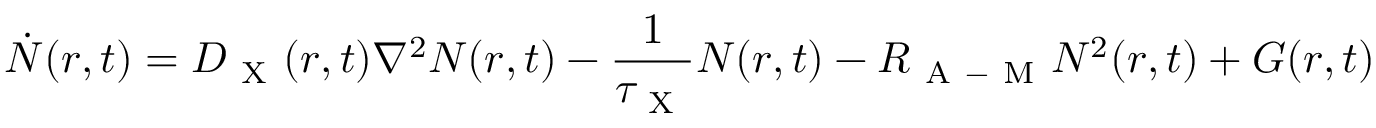
\dot { N } ( r , t ) = D _ { \mathrm { ~ X ~ } } ( r , t ) \nabla ^ { 2 } N ( r , t ) - \frac { 1 } { \tau _ { \mathrm { ~ X ~ } } } N ( r , t ) - R _ { \mathrm { ~ A ~ - ~ M ~ } } N ^ { 2 } ( r , t ) + G ( r , t )